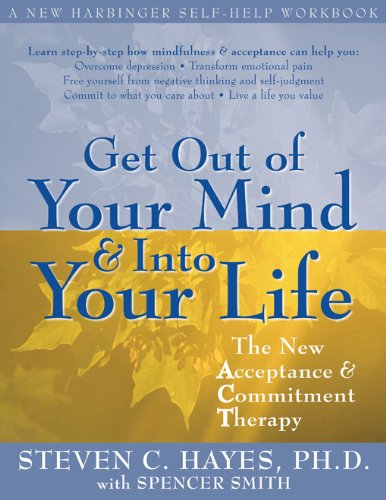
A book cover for Get Out of Your Mind and Into Your Life: The New Acceptance and Commitment Therapy (A New Harbinger Self-Help Workbook); Steven C. Hayes; Health, Fitness & Dieting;